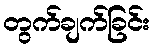
တွက်ချက်ခြင်း